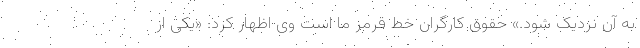
به آن نزدیک شود.» حقوق کارگران خط قرمز ما است وی اظهار کرد: «یکی از